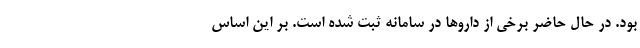
بود. در حال حاضر برخی از داروها در سامانه ثبت شده است. بر این اساس